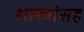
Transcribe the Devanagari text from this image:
शास्त्रांसह